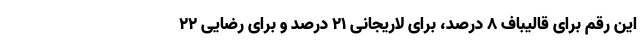
این رقم برای قالیباف 8 درصد، برای لاریجانی 21 درصد و برای رضایی 22